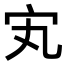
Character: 𡧄